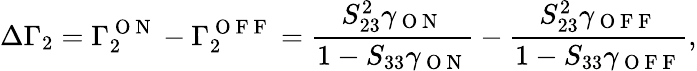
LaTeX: \Delta\Gamma_{2}=\Gamma_{2}^{\mathrm{~O~N~}}-\Gamma_{2}^{\mathrm{~O~F~F~}}=\frac{S_{23}^{2}\gamma_{\mathrm{~O~N~}}}{1-S_{33}\gamma_{\mathrm{~O~N~}}}-\frac{S_{23}^{2}\gamma_{\mathrm{~O~F~F~}}}{1-S_{33}\gamma_{\mathrm{~O~F~F~}}},